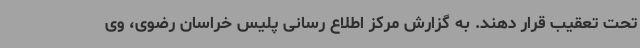
تحت تعقیب قرار دهند. به گزارش مرکز اطلاع رسانی پلیس خراسان رضوی، وی